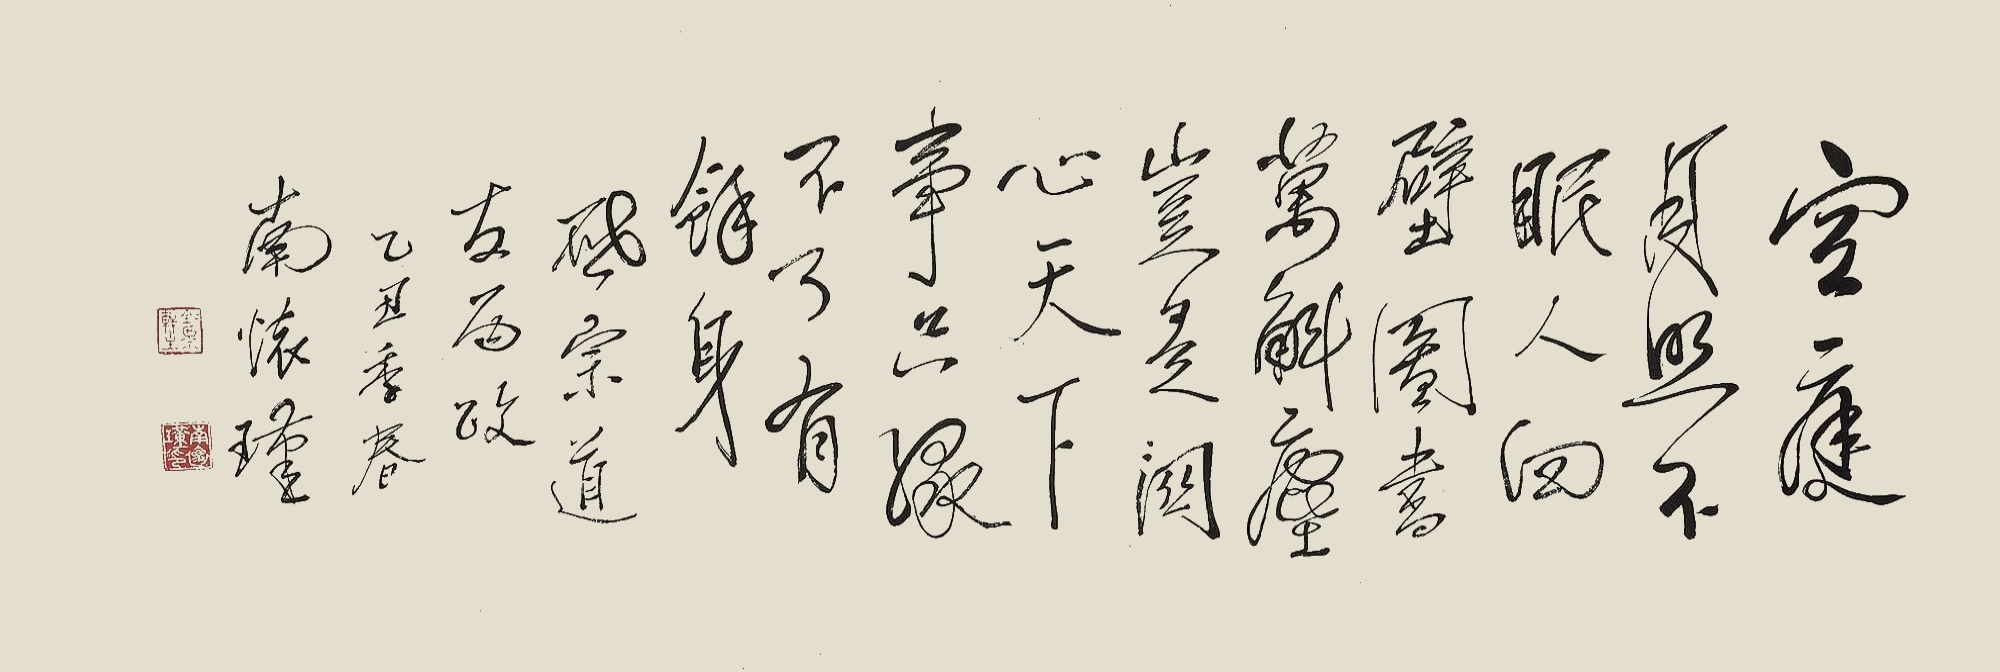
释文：空庭月照不眠人，四壁图书万斛尘。岂是关心天下事，只缘不了有余身。启宗道友两政，乙丑季春南怀瑾。